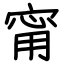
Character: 甯